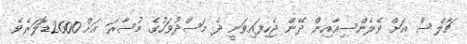
ޗާލްސް އަށް ވެލެންސިއާއިން ދޭން ޖެހިފައިވަނީ ދެ މަސްދުވަހުގެ މުސާރަ އަށް 2600ޑޮލަރެވެ.